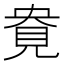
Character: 𰴎